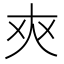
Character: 𰋜